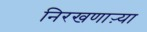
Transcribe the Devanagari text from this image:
निरखणाऱ्या